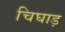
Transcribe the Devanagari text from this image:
चिघाड़